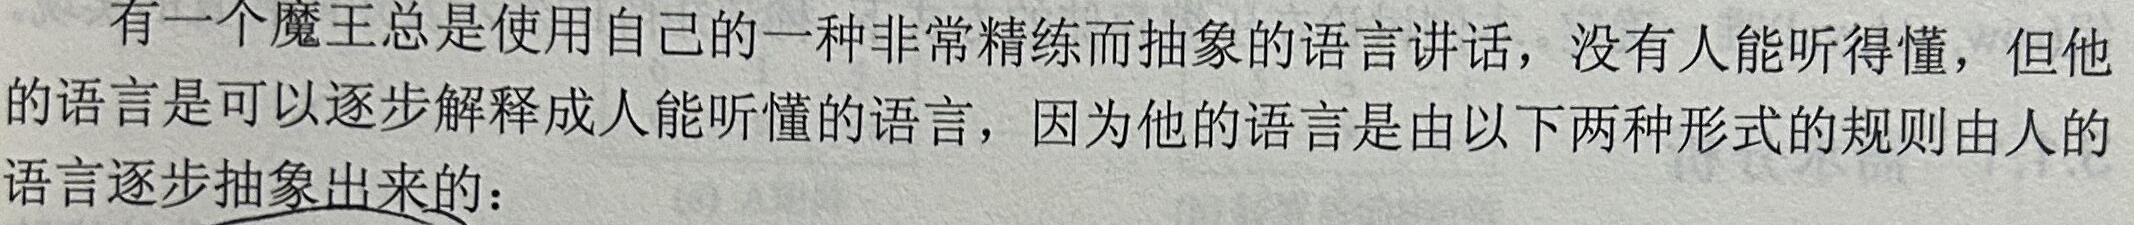
有一个魔王总是使用自己的一种非常精练而抽象的语言讲话，没有人能听得懂，但他的语言是可以逐步解释成人能听懂的语言，因为他的语言是由以下两种形式的规则由人的语言逐步抽象出来的：